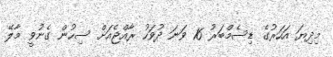
މިދިޔަ އަހަރުގެ ޑިސެމްބަރު 16 ވަނަ ދުވަހު ރާއްޖެއަށް ސިހުން ގެނުވީ މާލޭ